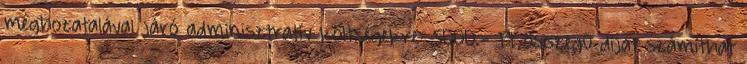
meghozatalával járó adminisztratív költségekre: 5000.- Ft összegű díjat számíthat